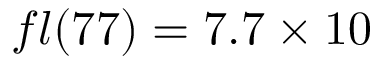
f l ( 7 7 ) = 7 . 7 \times 1 0